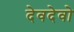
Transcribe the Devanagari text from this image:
देवदेवो